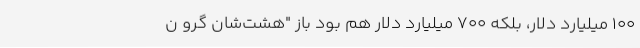
۱۰۰ میلیارد دلار، بلكه ۷۰۰ ميليارد دلار هم بود باز "هشت‌شان گرو ن